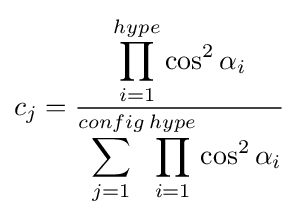
c_{j}={\frac {\displaystyle \prod _{i=1}^{hype}\cos ^{2}\alpha _{i}}{\displaystyle \sum _{j=1}^{config}\prod _{i=1}^{hype}\cos ^{2}\alpha _{i}}}